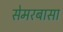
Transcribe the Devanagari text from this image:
सेमरबासा